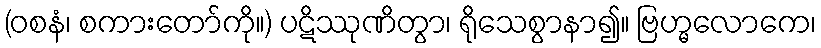
(ဝစနံ၊ စကားတော်ကို။) ပဋိဿုဏိတွာ၊ ရိုသေစွာနာ၍။ ဗြဟ္မလောကေ၊